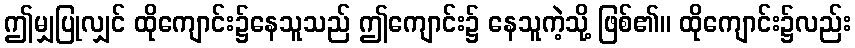
ဤမျှပြုလျှင် ထိုကျောင်း၌နေသူသည် ဤကျောင်း၌ နေသူကဲ့သို့ ဖြစ်၏။ ထိုကျောင်း၌လည်း